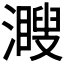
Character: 𤁨